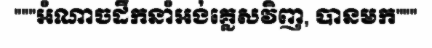
"""អំណាចដឹកនាំអង់គ្លេសវិញ, បានមក"""